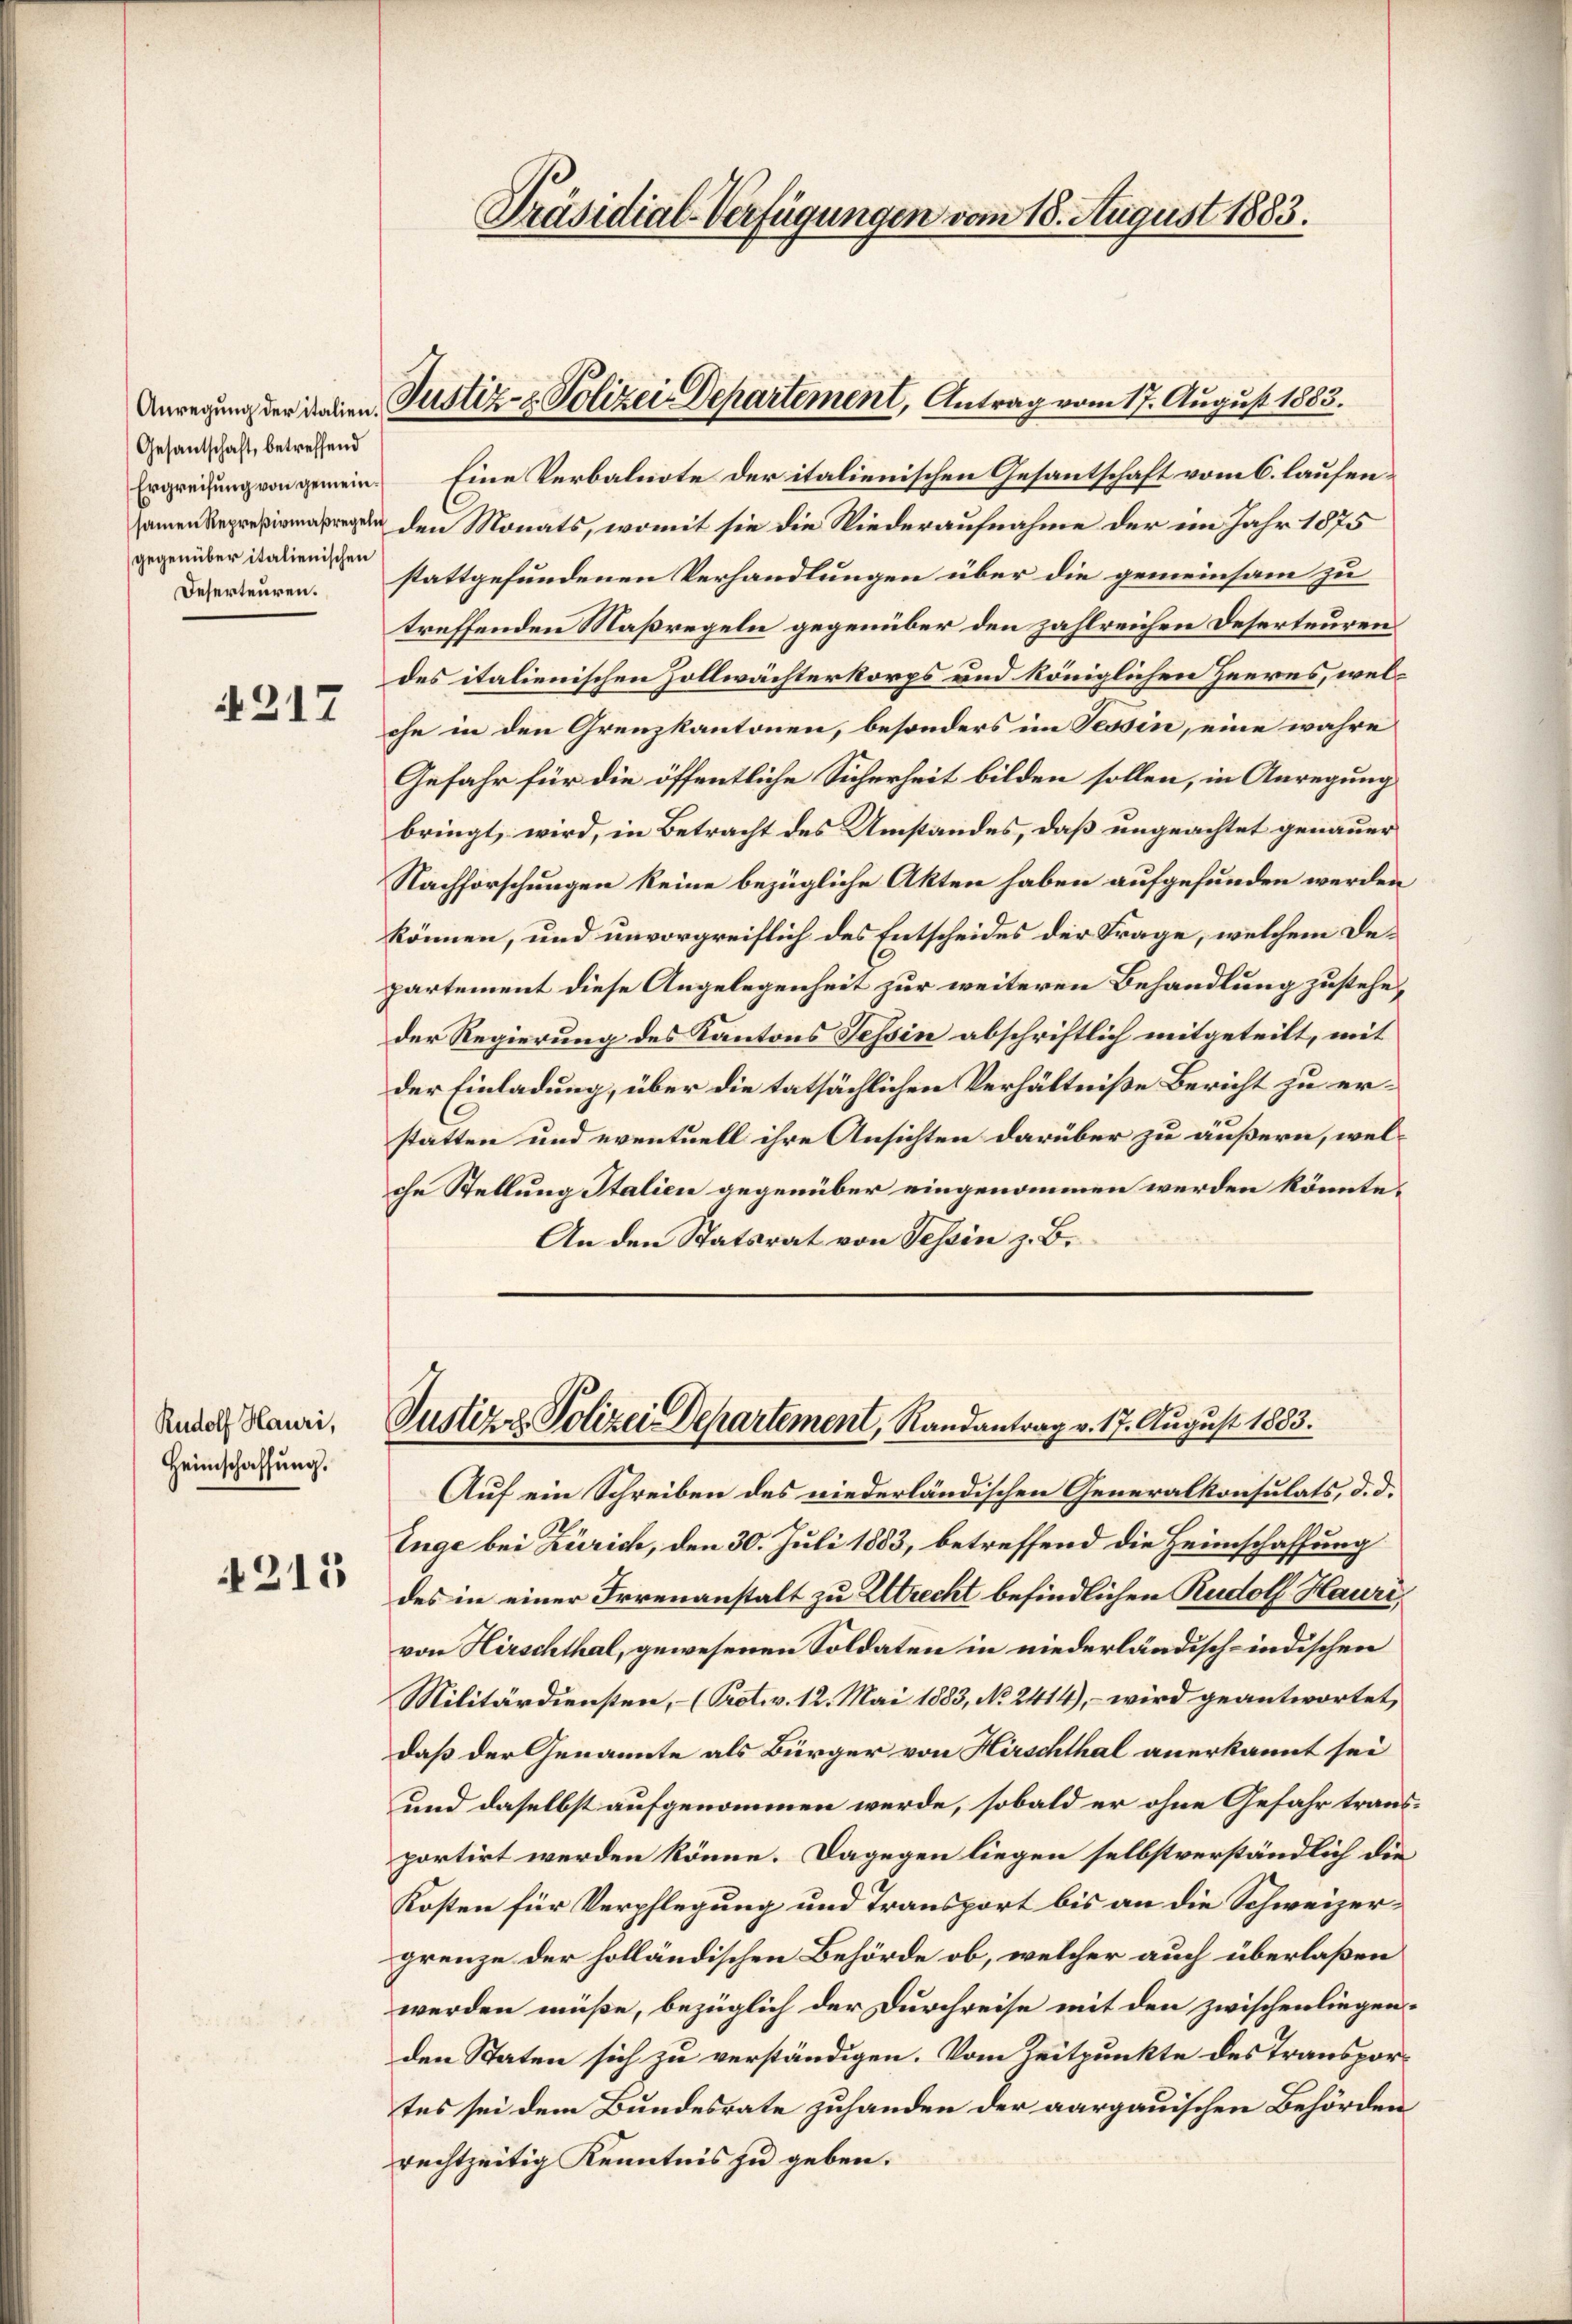
Gesantschaft, betreffend
gegenüber italienischen
Deserteuren.

217

Rudolf Hauri,
Heimschaffung.

4215

Ergreifung von gemein. Eine Verbalnote der italienischen Gesantschaft vom 6. laufen¬
 den Monats, womit sie die Niederaufnahme der im Jahr 1875
stattgefundenen Verhandlungen über die gemeinsam zu
treffenden Maßregeln gegenüber den zahlreichen Deserteuren
des italienischen Zollwächterkorps und königlichen Heeres, welche in den Grenzkantonen, besonders im Tessin, eine wahre
Gefahr für die öffentliche Sicherheit bilden sollen, in Anregung
bringt, wird, in Betracht des Umstandes, daß ungeachtet genauer
Nachforschungen keine bezügliche Akten haben aufgefunden werden
können, und unvorgreiflich des Entscheides der Frage, welchem Departement diese Angelegenheit zur weiteren Behandlung zusteheder Regierung des Kantons Tessin abschriftlich mitgeteilt, mit
der Einladung, über die tatsächlichen Verhältniße Bericht zu erstatten und eventuell ihre Ansichten darüber zu äußern, welche Stellung Italien gegenüber eingenommen werden könnte.
An den Statsrat von Tessin z. B.

Präsidial-Verfügungen vom 18. August 1883.

Anregung der daben Justiz- & Polizei Departement, Antrag vom 17. August 1883.

Justiz & Polizei Departement, Randantrag v. 17. August 1883.

Auf ein Schreiben des niederländischen Generalkonsulats, d. d.
Enge bei Zürich, den 30. Juli 1883, betreffend die Heimschaffung
des in einer Irrenanstalt zu Altrecht befindlichen Rudolf Hauri
von Hirschthal, gewesenen Soldaten in niederländisch-indischen
Militärdiensten, - (Protov. 12. Mai 1883, No 2414), – wird geantwortet,
daß der Genannte als Bürger von Hirschthal anerkannt sei
und daselbst aufgenommen werde, sobald er ohne Gefahr trausportirt werden könne. Dagegen liegen selbstverständlich die
Kosten für Verpflegung und Transport bis an die Schweizergrenze der holländischen Behörde ob, welcher auch überlaßen
werden müße, bezüglich der Durchreise mit den zwischenliegenden Staten sich zu verständigen. Vom Zeitpunkte des Transportes sei dem Bundesrate zuhanden der aargauischen Behörden
rechtzeitig Kenntnis zu geben.